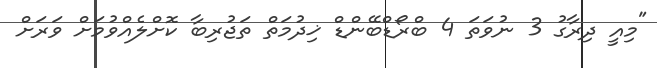
"މިއީ ދިރާގު 3 ނުވަތަ 4 ބްރޯޑްބޭންޑް ޚިދުމަތް ތަޖުރިބާ ކޮށްލެއްވުމަށް ވަރަށް